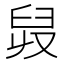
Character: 𦥠